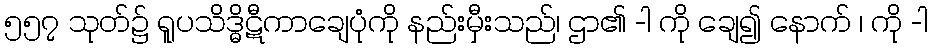
၅၅၇ သုတ်၌ ရူပသိဒ္ဓိဋီကာချေပုံကို နည်းမှီးသည်၊ ဌာ၏ -ါ ကို ချေ၍ နောက် ၊ ကို -ါ